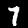
Digit: 7